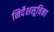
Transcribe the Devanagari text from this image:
निर्देशसूचिका